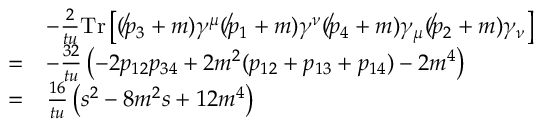
{ \begin{array} { r l } & { - { \frac { 2 } { t u } } \mathrm { T r } \left[ ( \not p _ { 3 } + m ) \gamma ^ { \mu } ( \not p _ { 1 } + m ) \gamma ^ { \nu } ( \not p _ { 4 } + m ) \gamma _ { \mu } ( \not p _ { 2 } + m ) \gamma _ { \nu } \right] } \\ { = } & { - { \frac { 3 2 } { t u } } \left( - 2 p _ { 1 2 } p _ { 3 4 } + 2 m ^ { 2 } ( p _ { 1 2 } + p _ { 1 3 } + p _ { 1 4 } ) - 2 m ^ { 4 } \right) } \\ { = } & { { \frac { 1 6 } { t u } } \left( s ^ { 2 } - 8 m ^ { 2 } s + 1 2 m ^ { 4 } \right) } \end{array} }